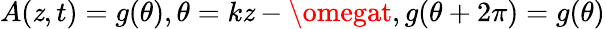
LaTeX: A(\mathit{z},t)=g(\theta),\theta=k\mathit{z}-\omegat,g(\theta+2\pi)=g(\theta)